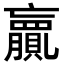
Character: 𮚨